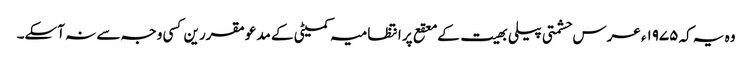
وہ یہ کہ ۱۹۷۵ء عرس حشمتی پیلی بھیت کے معقع پر انتظامیہ کمیٹی کے مدعو مقررین کسی وجہ سے نہ آسکے۔